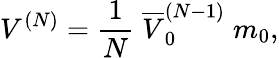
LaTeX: V^{(N)}=\frac{1}{N}\; \overline{{{V}}}_{0}^{(N-1)}\; m_{0},